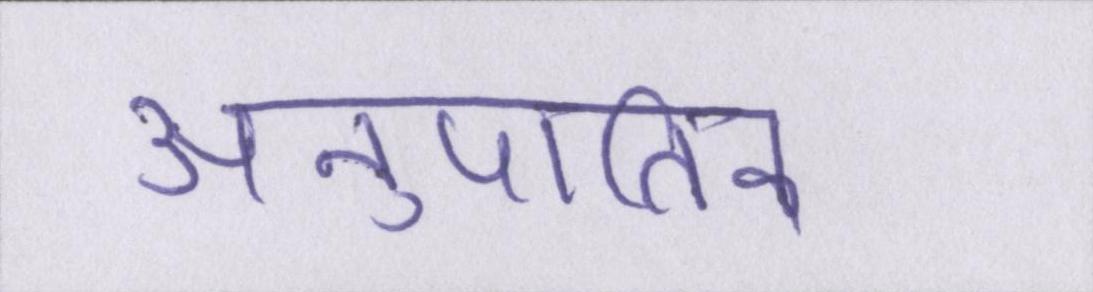
अनुपातिक